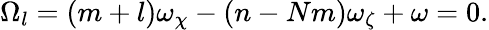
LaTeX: \begin{array}{r}{\Omega_{l}=(m+l)\omega_{\chi}-(n-Nm)\omega_{\zeta}+\omega=0.}\end{array}